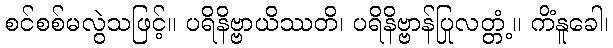
စင်စစ်မလွဲသဖြင့်။ ပရိနိဗ္ဗာယိဿတိ၊ ပရိနိဗ္ဗာန်ပြုလတ္တံ့။ ကိံနူခေါ၊